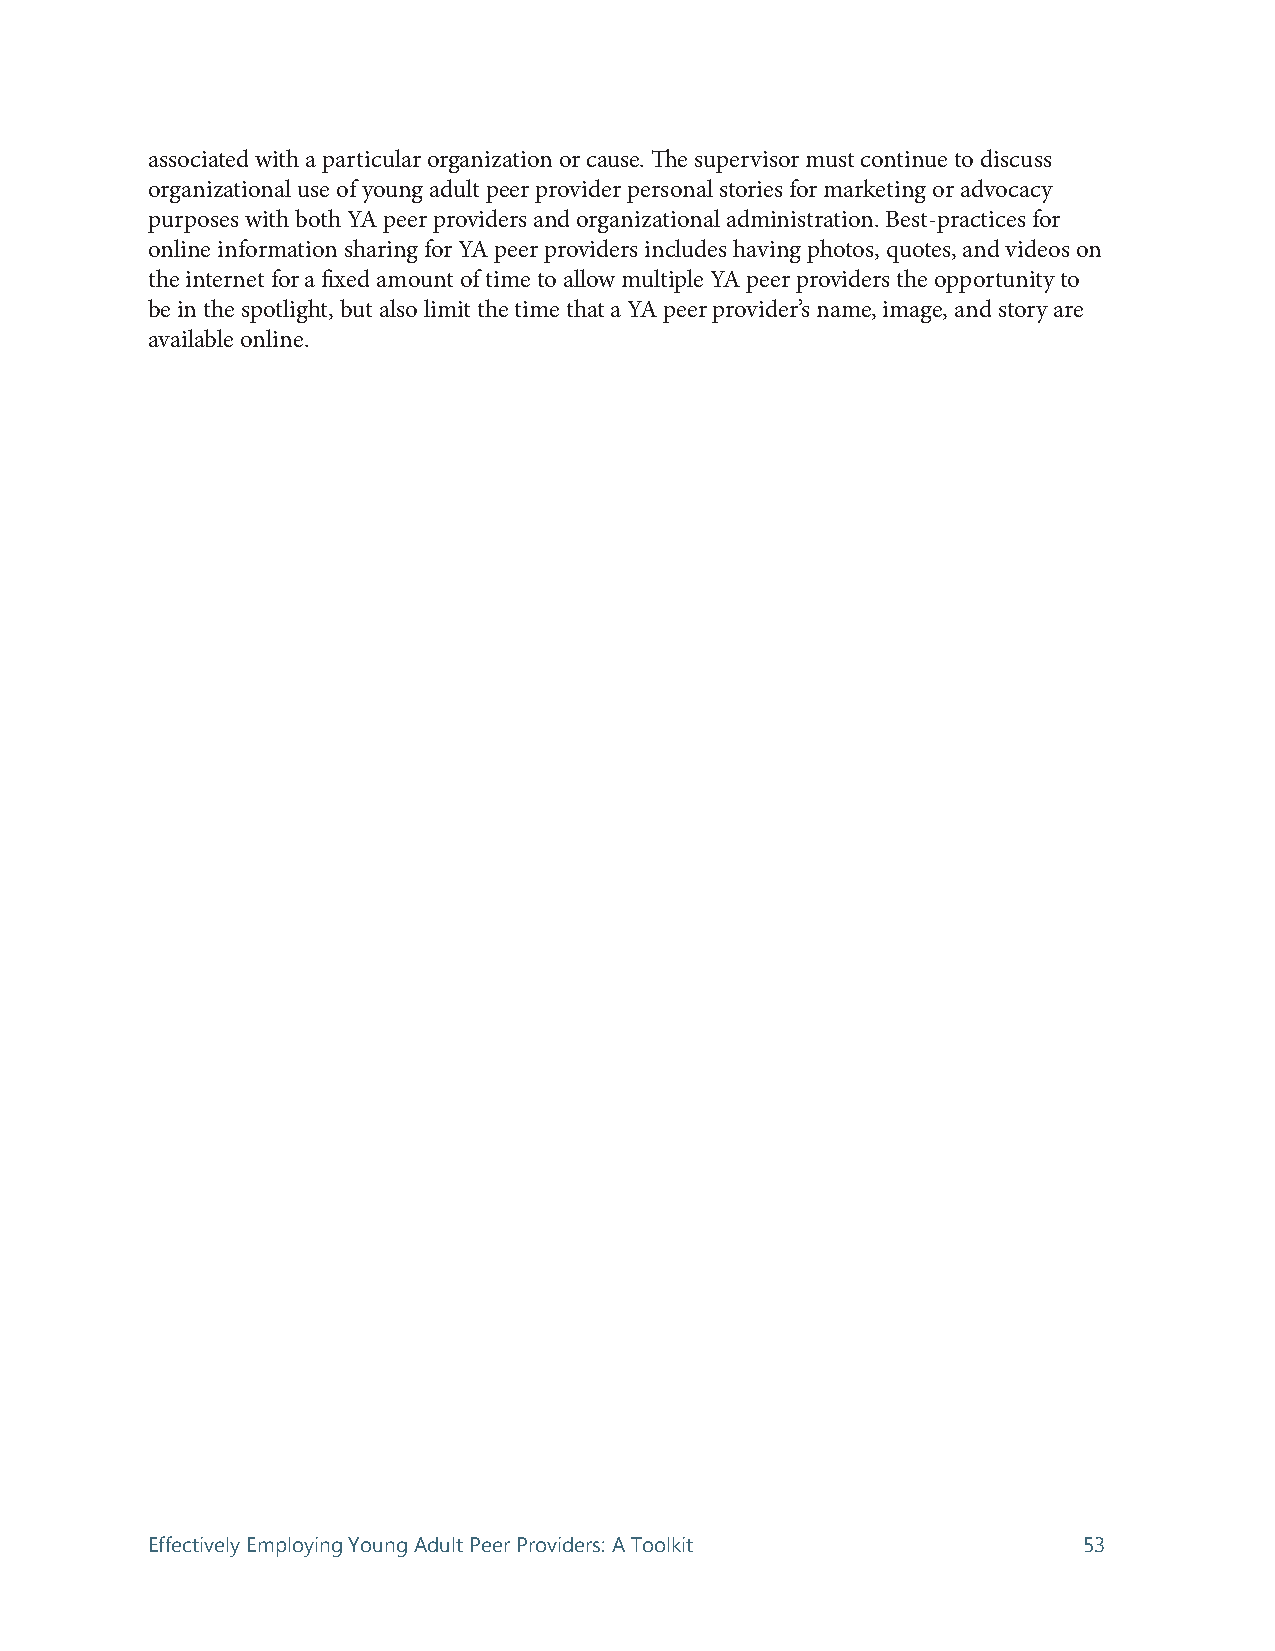
associated with a particular organization or cause. The supervisor must continue to discuss
 organizational use of young adult peer provider personal stories for marketing or advocacy
 purposes with both YA peer providers and organizational administration. Best-practices for
 online information sharing for YA peer providers includes having photos, quotes, and videos on
 the internet for a fixed amount of time to allow multiple YA peer providers the opportunity to
 be in the spotlight, but also limit the time that a YA peer provider’s name, image, and story are
 available online.
 Effectively Employing Young Adult Peer Providers: A Toolkit   53